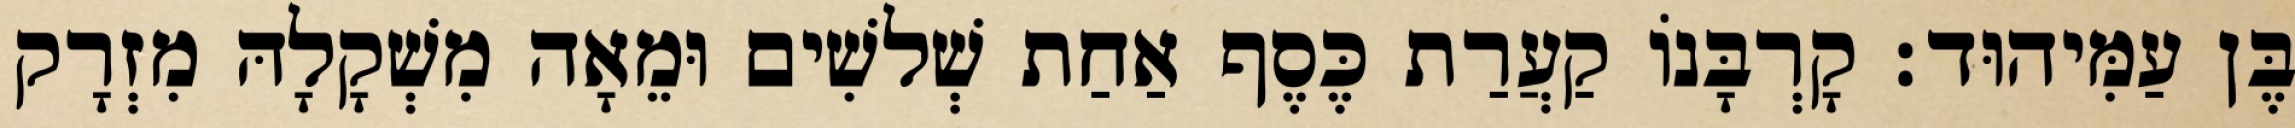
בֶּן עַמִּיהוּד׃ קָרְבָּנוֹ קַעֲרַת כֶּסֶף אַחַת שְׁלשִׁים וּמֵאָה מִשְׁקָלָהּ מִזְרָק